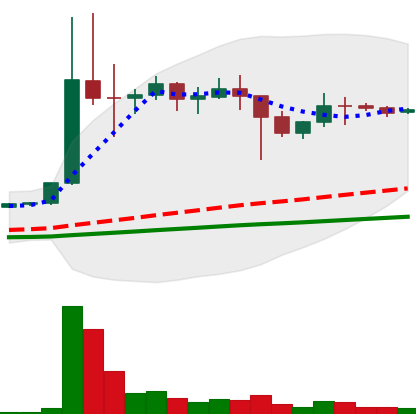
Ticker: DOGE-USD
Chart end date: 2021-01-18
Forward return: -6.455%
Label: down_5_7